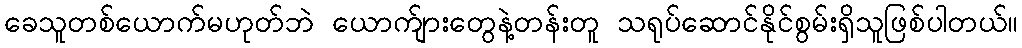
ခေသူတစ်ယောက်မဟုတ်ဘဲ ယောက်ျားတွေနဲ့တန်းတူ သရုပ်ဆောင်နိုင်စွမ်းရှိသူဖြစ်ပါတယ်။